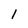
Character: 1